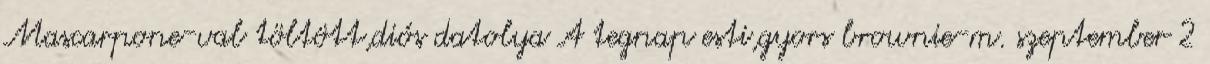
Mascarpone-val töltött,diós datolya A tegnap esti,gyors brownie-m. szeptember 2